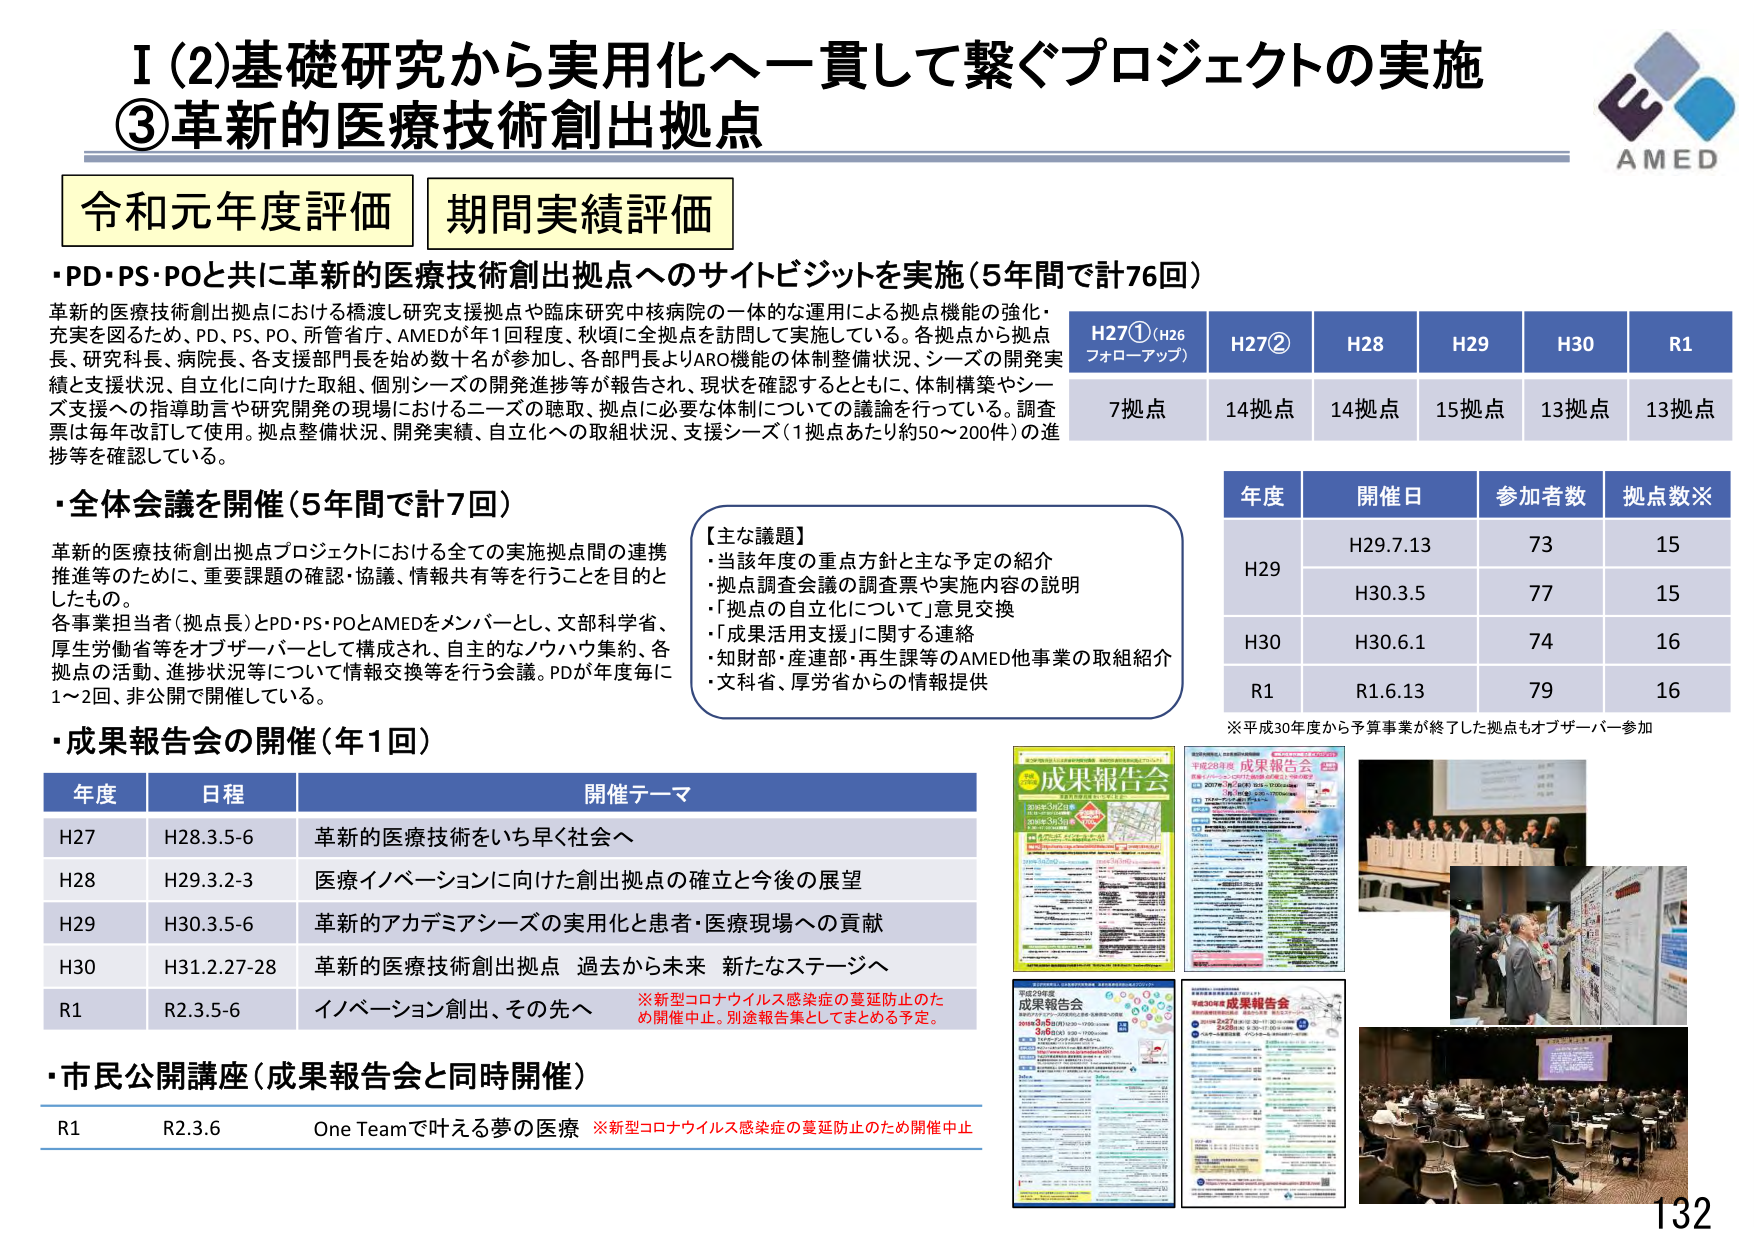
I (2) 基礎研究から実用化へ一貫して繋ぐプロジェクトの実施
③ 革新的医療技術創出拠点

AMED

令和元年度評価 期間実績評価

・PD・PS・POと共に革新的医療技術創出拠点へのサイトビジットを実施（5年間で計76回）
革新的医療技術創出拠点における橋渡し研究支援拠点や臨床研究中核病院の一体的な運用による拠点機能の強化・充実を図るため、PD、PS、PO、所管省庁、AMEDが年1回程度、秋頃に全拠点を訪問して実施している。各拠点から拠点長、研究科長、病院長、各支援部門長を始め数十名が参加し、各部門長よりARO機能の体制整備状況、シーズの開発実績と支援状況、自立化に向けた取組、個別シーズの開発進捗等が報告され、現状を確認するとともに、体制構築やシーズ支援への指導助言や研究開発の現場におけるニーズの聴取、拠点に必要な体制についての議論を行っている。調査票は毎年改訂して使用。拠点整備状況、開発実績、自立化への取組状況、支援シーズ（1拠点あたり約50～200件）の進捗等を確認している。

H27①（H26フォローアップ）  H27②  H28  H29  H30  R1
7拠点  14拠点  14拠点  15拠点  13拠点  13拠点

・全体会議を開催（5年間で計7回）
革新的医療技術創出拠点プロジェクトにおける全ての実施拠点間の連携推進等のために、重要課題の確認・協議、情報共有等を行うことを目的としたもの。
各事業担当者（拠点長）とPD・PS・POとAMEDをメンバーとし、文部科学省、厚生労働省等をオブザーバーとして構成され、自主的なノウハウ集約、各拠点の活動、進捗状況等について情報交換等を行う会議。PDが年度毎に1～2回、非公開で開催している。

【主な議題】
・当該年度の重点方針と主な予定の紹介
・拠点調査会議の調査票や実施内容の説明
・「拠点の自立化について」意見交換
・「成果活用支援」に関する連絡
・知財部・産連部・再生課等のAMED他事業の取組紹介
・文科省、厚労省からの情報提供

年度  開催日  参加者数  拠点数※
H29  H29.7.13  73  15
H30  H30.3.5  77  15
H30  H30.6.1  74  16
R1  R1.6.13  79  16

※平成30年度から予算事業が終了した拠点もオブザーバー参加

・成果報告会の開催（年1回）
年度  日程  開催テーマ
H27  H28.3.5-6  革新的医療技術をいち早く社会へ
H28  H29.3.2-3  医療イノベーションに向けた創出拠点の確立と今後の展望
H29  H30.3.5-6  革新的アカデミアシーズの実用化と患者・医療現場への貢献
H30  H31.2.27-28  革新的医療技術創出拠点 過去から未来 新たなステージへ
R1  R2.3.5-6  イノベーション創出、その先へ  ※新型コロナウイルス感染症の蔓延防止のため開催中止。別途報告集としてまとめる予定。

・市民公開講座（成果報告会と同時開催）
R1  R2.3.6  One Teamで叶える夢の医療  ※新型コロナウイルス感染症の蔓延防止のため開催中止

成果報告会
成果報告会
成果報告会
成果報告会

132